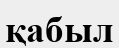
қабыл